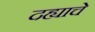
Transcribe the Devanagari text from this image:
दह्याचे